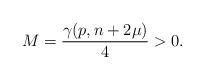
LaTeX: \begin{align*}M=\frac{\gamma(p,n+2\mu)}{4}>0.\end{align*}